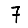
Digit: 7